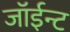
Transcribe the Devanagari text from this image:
जॉईन्ट